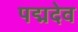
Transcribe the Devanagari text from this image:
पद्मदेव